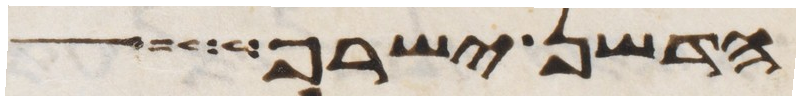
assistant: הדשן ישרף